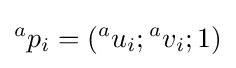
{}^{a}p_{i}=\left({}^{a}u_{i};{}^{a}v_{i};1\right)